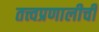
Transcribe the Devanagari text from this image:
तत्त्वप्रणालीची